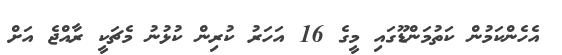
އެހެންކަމުން ކަތުމަންޑޫގައި މީގެ 16 އަހަރު ކުރިން ކުޅުނު މެޗަކީ ރާއްޖެ އަށް